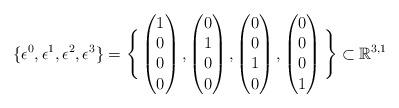
LaTeX: \begin{align*}\{\epsilon^{0},\epsilon^{1},\epsilon^{2},\epsilon^{3}\}=\Bigg{\{} \begin{pmatrix} 1\\0\\0\\0 \end{pmatrix},\begin{pmatrix} 0\\1\\0\\0 \end{pmatrix},\begin{pmatrix} 0\\0\\1\\0 \end{pmatrix},\begin{pmatrix} 0\\0\\0\\1 \end{pmatrix}\Bigg{\}}\subset\mathbb{R}^{3,1}\end{align*}